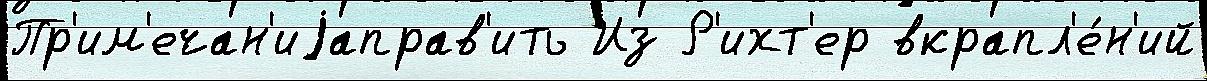
Пр'им'ечан'иjаправ'ить Из Р'ихт'ер вкрапл'е́н'ий